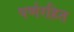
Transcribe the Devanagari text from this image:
पर्णरहित